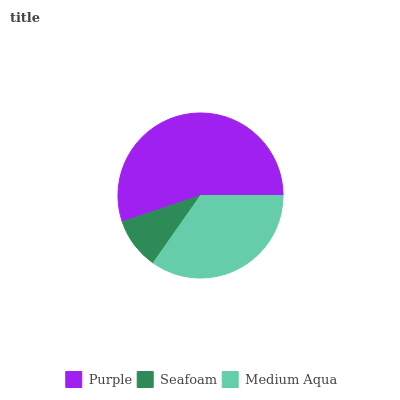
| Purple | Seafoam | Medium Aqua |
 | --- | --- | --- |
 | 55.2% | 10.1% | 34.7% |